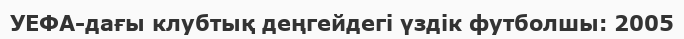
УЕФА-дағы клубтық деңгейдегі үздік футболшы: 2005